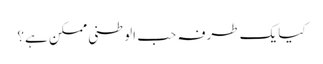
کیا یک طرفہ حب الوطنی ممکن ہے؟